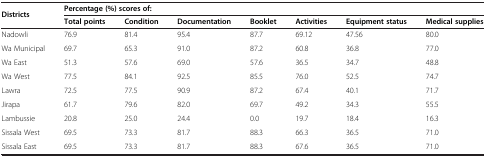
| <ROWSPAN=2> Districts | <COLSPAN=7> Percentage (%) scores of: |
 | Total points | Condition | Documentation | Booklet | Activities | Equipment status | Medical supplies |
 | --- | --- | --- | --- | --- | --- | --- | --- |
 | Nadowli | 76.9 | 81.4 | 95.4 | 87.7 | 69.12 | 47.56 | 80.0 |
 | Wa Municipal | 69.7 | 65.3 | 91.0 | 87.2 | 60.8 | 36.8 | 77.0 |
 | Wa East | 51.3 | 57.6 | 69.0 | 57.6 | 36.5 | 34.7 | 48.8 |
 | Wa West | 77.5 | 84.1 | 92.5 | 85.5 | 76.0 | 52.5 | 74.7 |
 | Lawra | 72.5 | 77.5 | 90.9 | 87.2 | 67.4 | 40.1 | 71.7 |
 | Jirapa | 61.7 | 79.6 | 82.0 | 69.7 | 49.2 | 34.3 | 55.5 |
 | Lambussie | 20.8 | 25.0 | 24.4 | 0.0 | 19.7 | 18.4 | 16.3 |
 | Sissala West | 69.5 | 73.3 | 81.7 | 88.3 | 66.3 | 36.5 | 71.0 |
 | Sissala East | 69.5 | 73.3 | 81.7 | 88.3 | 67.6 | 36.5 | 71.0 |